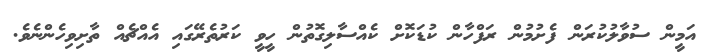
އަމީން ސުވާލުކުރަން ފެށުމުން ރަފްހާން ކުޑަކޮށް ކެއްސާލިގޮތުން ހީވީ ކަރުތެރޭގައި އެއްޗެއް ތާށިވިހެންނެވެ.